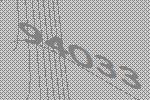
94033